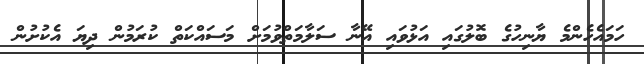
ހަމައެހެންމެ ޔާނިހުގެ ބޮލުގައި އަޅުވައި އޭނާ ސަލާމަތްވުމަށް މަސައްކަތް ކުރަމުން ދިޔަ އެކުށުން